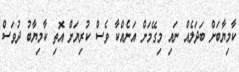
ކާމިޔާބަށް ބަދަލެއް ނައި މިގޭމަށް އަނެއްކާ ވެސް ކުރިޔަށް އޮތި ކާމިޔާބު ދުވަސް